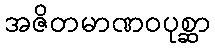
အဇိတမာဏဝပုစ္ဆာ